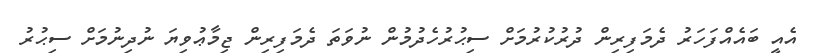
އެއީ ބައެއްފަހަރު ދެމަފިރިން ދުރުކުރުމަށް ސިޙުރުހެދުމުން ނުވަތަ ދެމަފިރިން ޖިމާޢުވިޔަ ނުދިނުމަށް ސިޙުރު